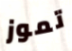
تموز